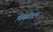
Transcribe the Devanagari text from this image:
विस्तारन